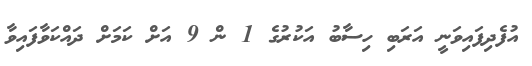
އުފެދިފައިވަނީ އަރަބި ހިސާބު އަކުރުގެ 1 ން 9 އަށް ކަމަށް ދައްކަވާފައިވާ